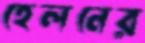
হেলনের